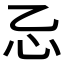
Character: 𰐺